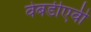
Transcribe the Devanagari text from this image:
वेबडीएवी